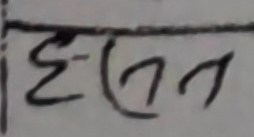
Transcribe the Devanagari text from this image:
हस्त